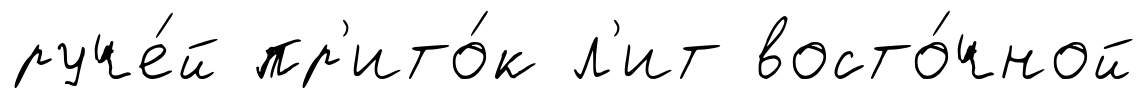
руче́й пр'ито́к л'ит восто́чной